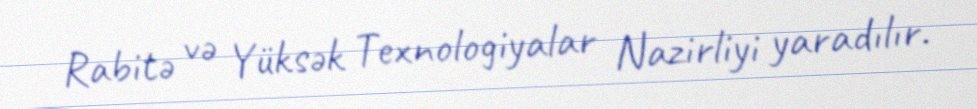
Rabitə və Yüksək Texnologiyalar Nazirliyi yaradılır.